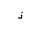
Letter: _thal